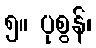
၅။ ပုစွန်၊